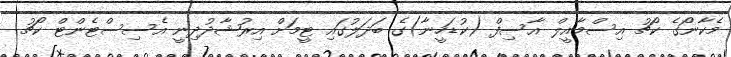
މެކާނޯގެ ކޯޗު އިސްމާއީލް އާސިފް (ކުޑަހީނާ)ގެ ބަދަލުގައި ޓީމަށް އިރުޝާދުދިނީ އެސިސްޓެންޓް ކޯޗު